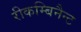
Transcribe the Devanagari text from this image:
रीकम्बिनैन्ट